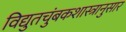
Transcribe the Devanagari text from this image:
विद्युतचुंबकशास्त्रानुसार